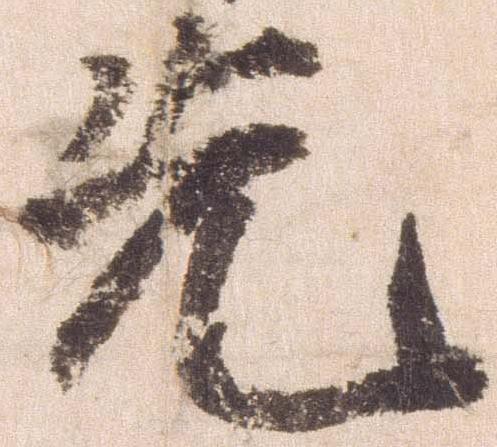
先